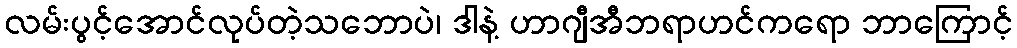
လမ်းပွင့်အောင်လုပ်တဲ့သဘောပဲ၊ ဒါနဲ့ ဟာဂျီအီဘရာဟင်ကရော ဘာကြောင့်